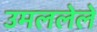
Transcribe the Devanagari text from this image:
उमललेले